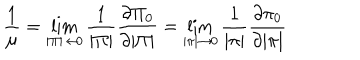
\frac { 1 } { \mu } = \lim _ { | \Pi | \rightarrow 0 } \frac { 1 } { | \Pi | } \frac { \partial \Pi _ { 0 } } { \partial | \Pi | } = \lim _ { | \pi | \rightarrow 0 } \frac { 1 } { | \pi | } \frac { \partial \pi _ { 0 } } { \partial | \pi | }